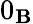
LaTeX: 0_{\mathbf{B}}